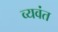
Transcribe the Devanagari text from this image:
व्यवंत